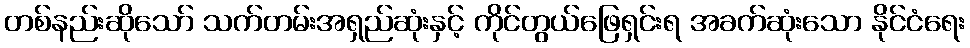
တစ်နည်းဆိုသော် သက်တမ်းအရှည်ဆုံးနှင့် ကိုင်တွယ်ဖြေရှင်းရ အခက်ဆုံးသော နိုင်ငံရေး